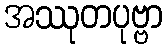
အဿုတပုဗ္ဗာ